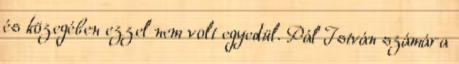
és közegében ezzel nem volt egyedül. Pál István számára